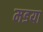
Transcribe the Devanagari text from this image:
मडया